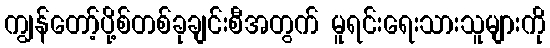
ကျွန်တော့်ပို့စ်တစ်ခုချင်းစီအတွက် မူရင်းရေးသားသူများကို